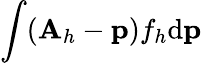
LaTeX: \int({\mathbf A}_{h}-{\mathbf p})f_{h}\mathrm{d}{\mathbf p}